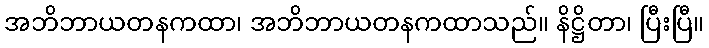
အဘိဘာယတနကထာ၊ အဘိဘာယတနကထာသည်။ နိဋ္ဌိတာ၊ ပြီးပြီ။